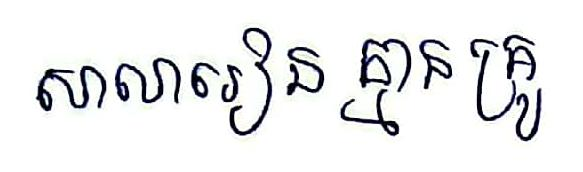
សាលារៀន គ្មានគ្រូ